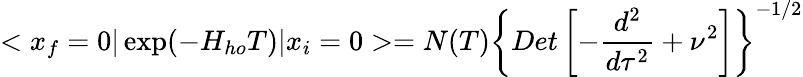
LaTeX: <x_{f}=0\vert\exp(-H_{ho}T)\vert x_{i}=0>=N(T)\left\{ Det\left[-{\frac{d^{2}}{d\tau^{2}}}+\nu^{2}\right]\right\} ^{-1/2}